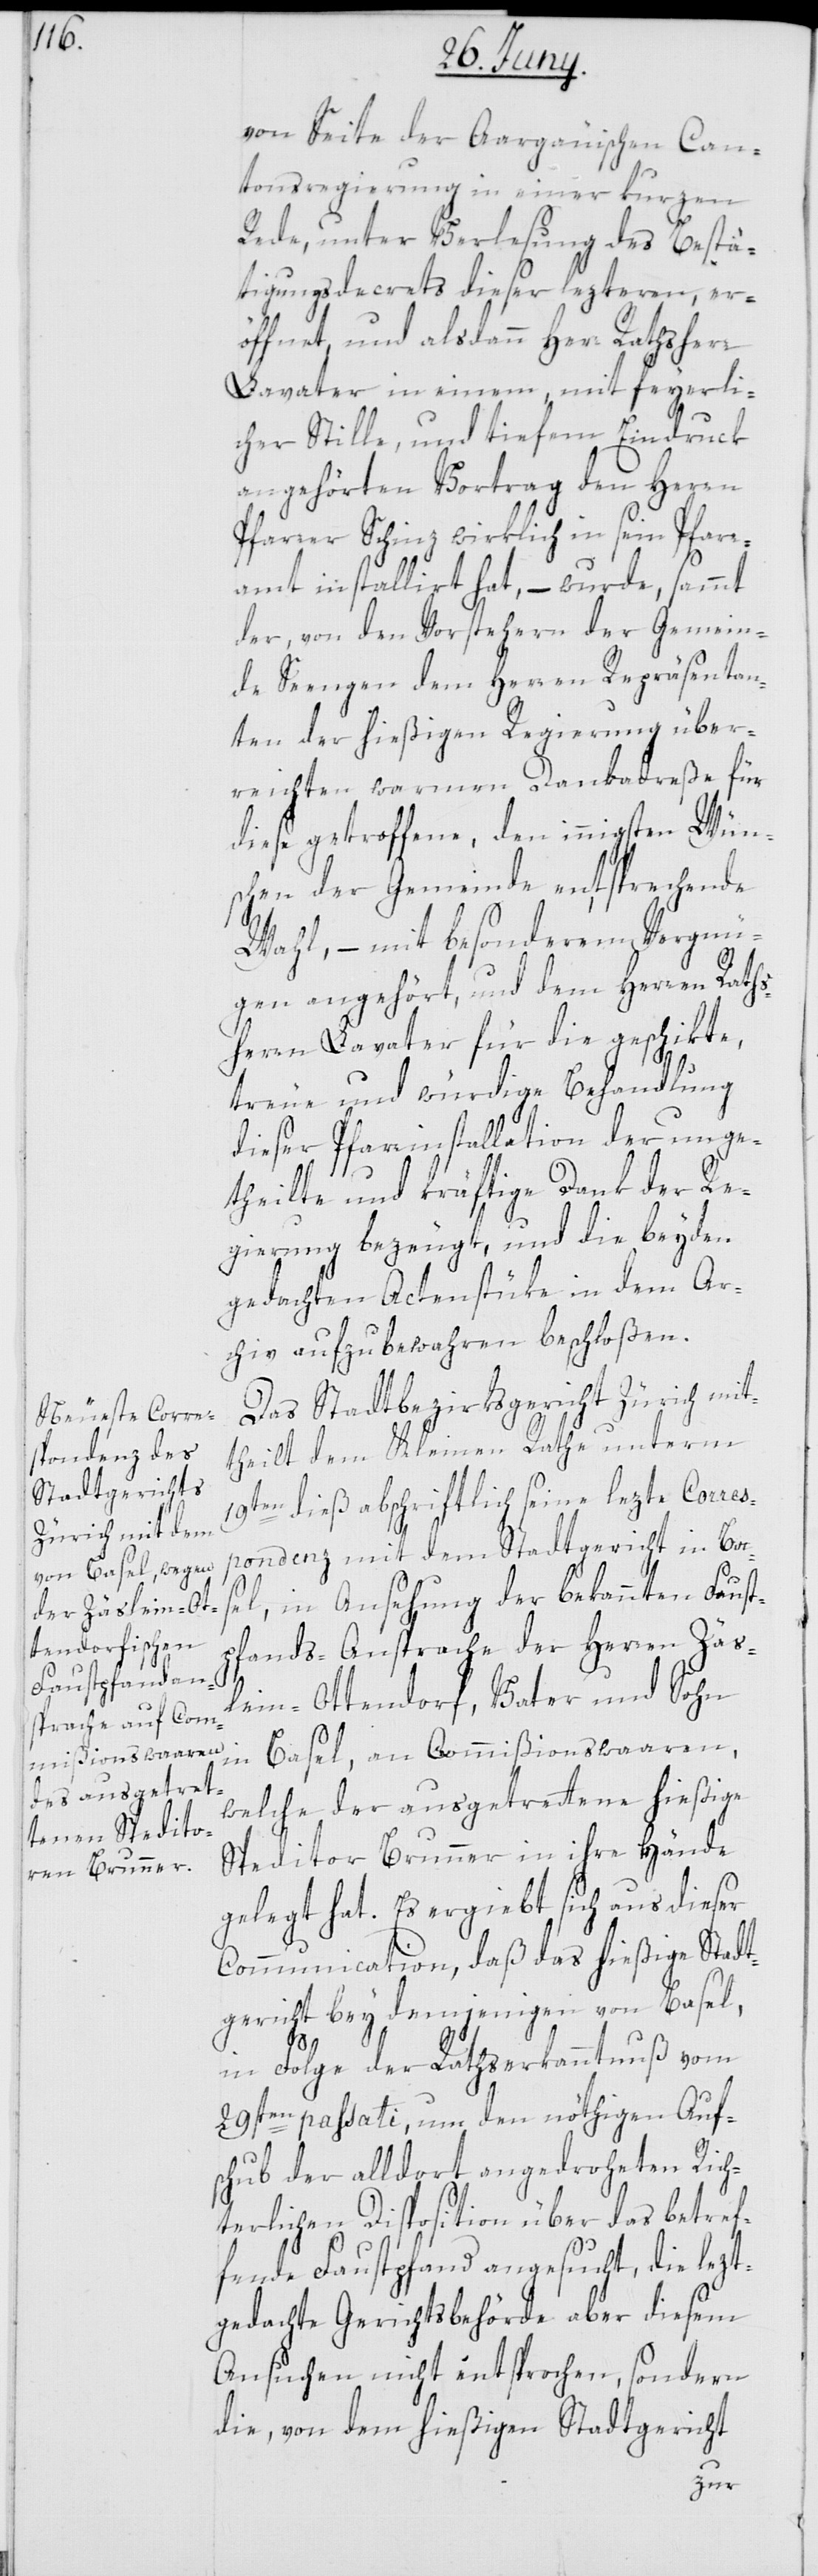
von Seite der Aargäuischen Can¬
tonsregierung in einer kurzen
Rede, unter Verlesung des Bestä¬
tigungsdecrets dieser lezteren, er¬
öffnet, und alsdann Herr Rathsherr
Lavater in einem, mit feyerli¬
cher Stille, und tiefem Eindruck
angehörten Vortrag den Herren
Pfarrer Schinz wirklich in sein Pfarr¬
amt installiert hat, – wurde sammt
der von den Vorstehern der Gemein¬
de Seengen dem Herren Repräsentan¬
ten der hießigen Regierung über¬
reichten warmen Dankadreße für
diese getroffene, den innigsten Wün¬
schen der Gemeinde entsprechende
Wahl, – mit besonderem Vergnü¬
gen angehört, und dem Herren Raths¬
herrn Lavater für die geschikte,
treue und würdige Behandlung
dieser Pfarrinstallation der unge¬
theilte und kräftige Dank der Re¬
gierung bezeugt, und die beyden
chiv aufzubewahren beschloßen.
Das Stadtbezirksgericht Zürich mit¬
theilt dem Kleinen Rathe unterm
19ten dieß abschriftlich seine lezte Corres¬
pondenz mit dem Stadtgericht in Ba¬
sel, in Ansehung der bekannten Faust¬
pfands-Ansprache der Herren Zäsl¬
Ar¬
ein-Ottendorf, Vater und Sohn
in Basel, an Commißionswaaren,
welche der ausgetrettene hießige
Speditor Brunner in ihre Hände
gelegt hat. Es ergiebt sich aus dieser
Communication, daß das hießige Stadt¬
gericht bey demjenigen von Basel,
in Folge der Rathserkanntnuß vom
29sten passati, um den nöthigen Auf¬
schub der alldort angedroheten Rich¬
terlichen Disposition über das betref¬
fende Faustpfand angesucht, die lezt¬
gedachte Gerichtsbehörde aber diesem
Ansuchen nicht entsprochen, sondern
die, von dem hießigen Stadtgericht